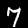
Label: 7